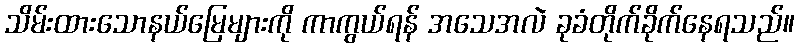
သိမ်းထားသောနယ်မြေများကို ကာကွယ်ရန် အသေအလဲ ခုခံတိုက်ခိုက်နေရသည်။